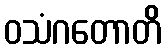
ဝသံဂတောတိ